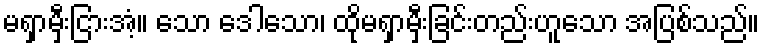
မရှာမှီးငြားအံ့။ သော ဒေါသော၊ ထိုမရှာမှီးခြင်းတည်းဟူသော အပြစ်သည်။